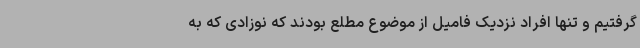
گرفتیم و تنها افراد نزدیک فامیل از موضوع مطلع بودند که نوزادی که به